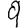
Digit: 9